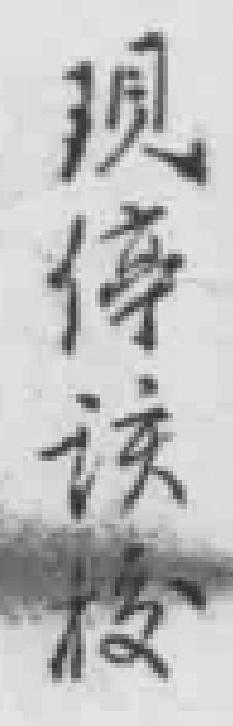
现停该校